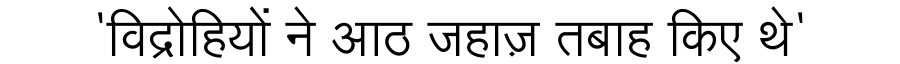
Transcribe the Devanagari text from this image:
'विद्रोहियों ने आठ जहाज़ तबाह किए थे'